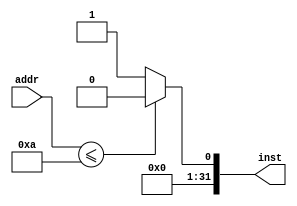
module imem(
	input [10:0]addr,
	output reg[31:0]inst
);
	always @(*) begin
		if(addr <= 11'd10) begin
			inst = 32'b0;
		end else begin
			inst = 32'b1;
		end
	end

endmodule